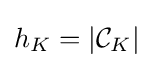
h_{K}=|{\mathcal {C}}_{K}|